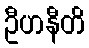
ဦဟနီတိ